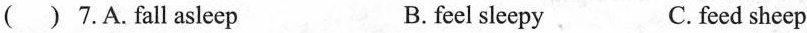
( ) 7.A.fall asleep B. feel sleepy C. feed sheep